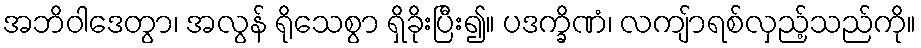
အဘိဝါဒေတွာ၊ အလွန် ရိုသေစွာ ရှိခိုးပြီး၍။ ပဒက္ခိဏံ၊ လကျ်ာရစ်လှည့်သည်ကို။